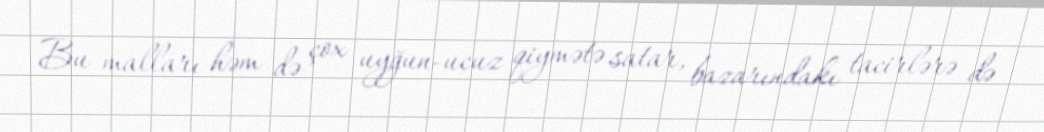
Bu malları həm də çox uyğun-ucuz qiymətə satar, bazarındakı tacirlərə də